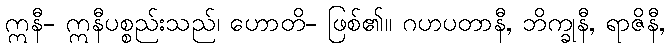
ဣနီ- ဣနီပစ္စည်းသည်၊ ဟောတိ- ဖြစ်၏။ ဂဟပတာနီ, ဘိက္ခုနီ, ရာဇိနီ,